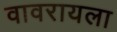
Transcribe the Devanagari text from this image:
वावरायला